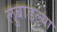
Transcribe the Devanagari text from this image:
लुबाडल्या